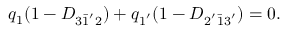
q _ { 1 } ( 1 - D _ { 3 \bar { 1 } ^ { ' } 2 } ) + q _ { 1 ^ { ' } } ( 1 - D _ { 2 ^ { ' } \bar { 1 } 3 ^ { ' } } ) = 0 .